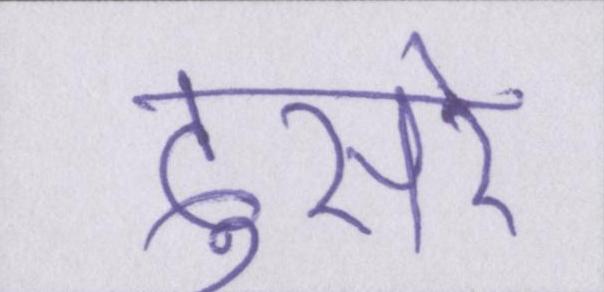
दुसरे